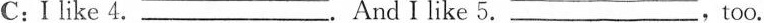
C: Ilike 4. ___. And Ilike 5. ___,too.